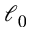
\ell _ { 0 }